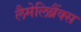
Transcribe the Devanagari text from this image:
लैमेलिब्रैंक्स